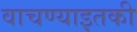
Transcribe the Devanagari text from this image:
वाचण्याइतकी